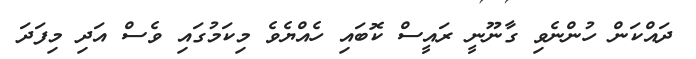
ދައްކަން ހުންނެވި ގާނޫނީ ރައީސް ކޮބައި ހެއްޔެވެ މިކަމުގައި ވެސް އަދި މިފަދަ